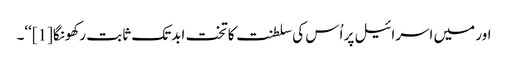
اور میں اسرائیل پر اُس کی سلطنت کا تخت ابدتک ثابت رکھونگا[1]‘‘۔